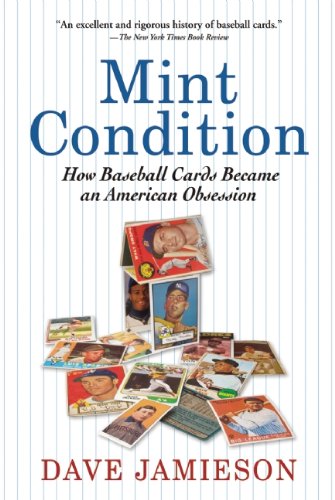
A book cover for Mint Condition: How Baseball Cards Became an American Obsession; Dave Jamieson; Crafts, Hobbies & Home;